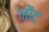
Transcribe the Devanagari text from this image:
नोंट